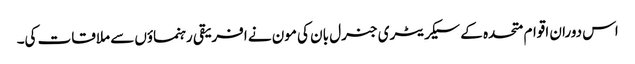
اس دوران اقوام متحدہ کے سیکریٹری جنرل بان کی مون نے افریقی رہنماؤں سے ملاقات کی۔